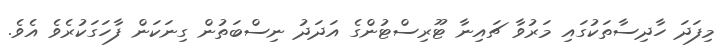
މިފަދަ ހާދިސާތަކުގައި މަރުވާ ޗައިނާ ޓޫރިސްޓުންގެ އަދަދު ނިސްބަތުން ގިނަކަން ފާހަގަކުރެވެ އެވެ.